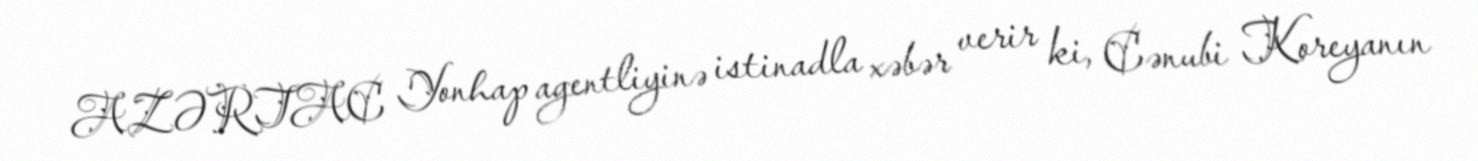
AZƏRTAC Yonhap agentliyinə istinadla xəbər verir ki, Cənubi Koreyanın